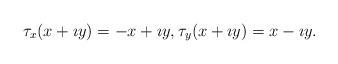
LaTeX: \begin{align*}\tau_x(x+\imath y) = -x + \imath y,\tau_y(x+\imath y) = x - \imath y.\end{align*}